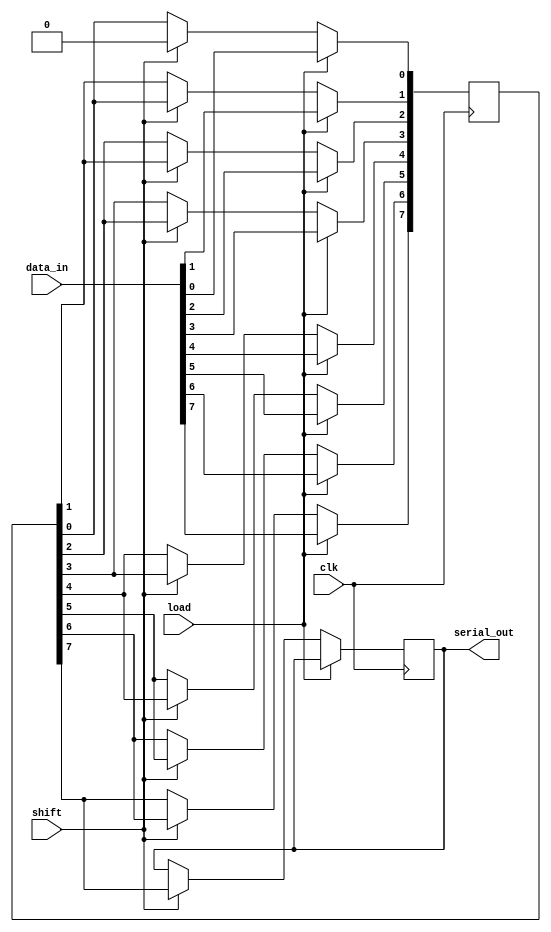
module PISO_Register #(
    parameter WIDTH = 8  // Parameter to define the width of the register
)(
    input wire clk,       // Clock signal
    input wire load,      // Load signal
    input wire shift,     // Shift signal
    input wire [WIDTH-1:0] data_in, // Parallel data input
    output reg serial_out  // Serial output
);

    // Internal register to hold the data
    reg [WIDTH-1:0] shift_reg;
    integer i;

    always @(posedge clk) begin
        if (load) begin
            // Load data into the shift register
            shift_reg <= data_in;
        end else if (shift) begin
            // Shift data out serially
            serial_out <= shift_reg[WIDTH-1]; // Output the MSB
            // Shift the register left
            for (i = WIDTH-1; i > 0; i = i - 1) begin
                shift_reg[i] <= shift_reg[i-1];
            end
            shift_reg[0] <= 1'b0; // Optional: Fill the LSB with 0 after shifting
        end
    end

endmodule